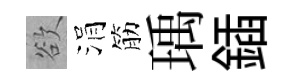
欲涓筋瑀鍤